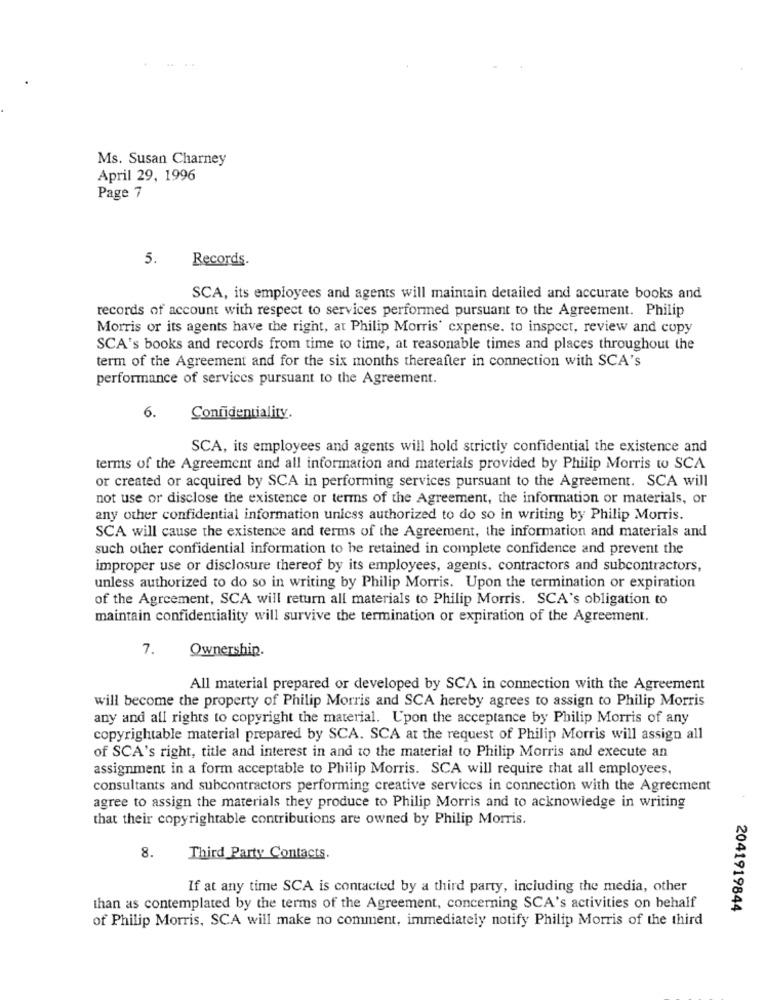
Ms. Susan Charney
April 29, 1996
Page 7
5.
Records.
SCA, its employees and agents will maintain detailed and accurate books and
records of account with respect to services performed pursuant to the Agreement. Philip
Morris or its agents have the right, at Philip Morris' expense. to inspect, review and copy
SCA's books and records from time to time, at reasonable times and places throughout the
term of the Agreement and for the six months thereafter in connection with SCA's
performance of services pursuant to the Agreement.
6.
Confidentiality.
SCA, its employees and agents will hold strictly confidential the existence and
terms of the Agreement and all information and materials provided by Philip Morris to SCA
or created or acquired by SCA in performing services pursuant to the Agreement. SCA will
not use or disclose the existence or terms of the Agreement, the information or materials, or
any other confidential information unicss authorized to do so in writing by Philip Morris.
SCA will cause the existence and terms of the Agreement, the information and materials and
such other confidential information to be retained in complete confidence and prevent the
improper use or disclosure thereof by its employees, agents, contractors and subcontractors,
unless authorized to do so in writing by Philip Morris. Upon the termination or expiration
of the Agreement, SCA will return all materials to Philip Morris. SCA's obligation to
maintain confidentiality will survive the termination or expiration of the Agreement.
7.
Ownership.
All material prepared or developed by SCA in connection with the Agreement
will become the property of Philip Morris and SCA hereby agrees to assign to Philip Morris
any and all rights to copyright the material. Upon the acceptance by Philip Morris of any
copyrightable material prepared by SCA. SCA at the request of Philip Morris will assign all
of SCA's right, title and interest in and to the material to Philip Morris and execute an
assignment in a form acceptable to Philip Morris. SCA will require that all employees,
consultants and subcontractors performing creative services in connection with the Agreement
agree to assign the materials they produce to Philip Morris and to acknowledge in writing
that their copyrightable contributions are owned by Philip Morris.
8.
Third Party Contacts.
If at any time SCA is contacted by a third party, including the media, other
than as contemplated by the terms of the Agreement, concerning SCA's activities on behalf
2041919844
of Philip Morris, SCA will make no comment, immediately notify Philip Morris of the third